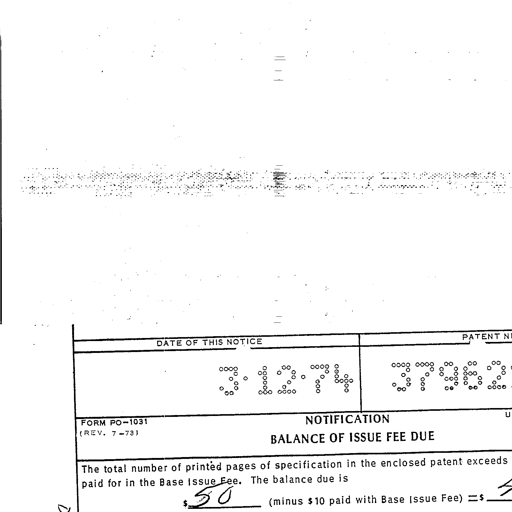
Transcript:
DATE OF THIS NOTICE PATENT N
3-12-74 37962
FORM PO-1031 NOTIFICATION
(REV. 7-73) BALANCE OF ISSUE FEE DUE
The total number of printed pages of specification in the enclosed patent exceeds
paid for in the Base Issue Fee. The balance due is
$ 50 (minus $10 paid with Base Issue Fee) =$